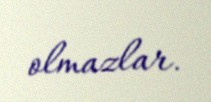
olmazlar.